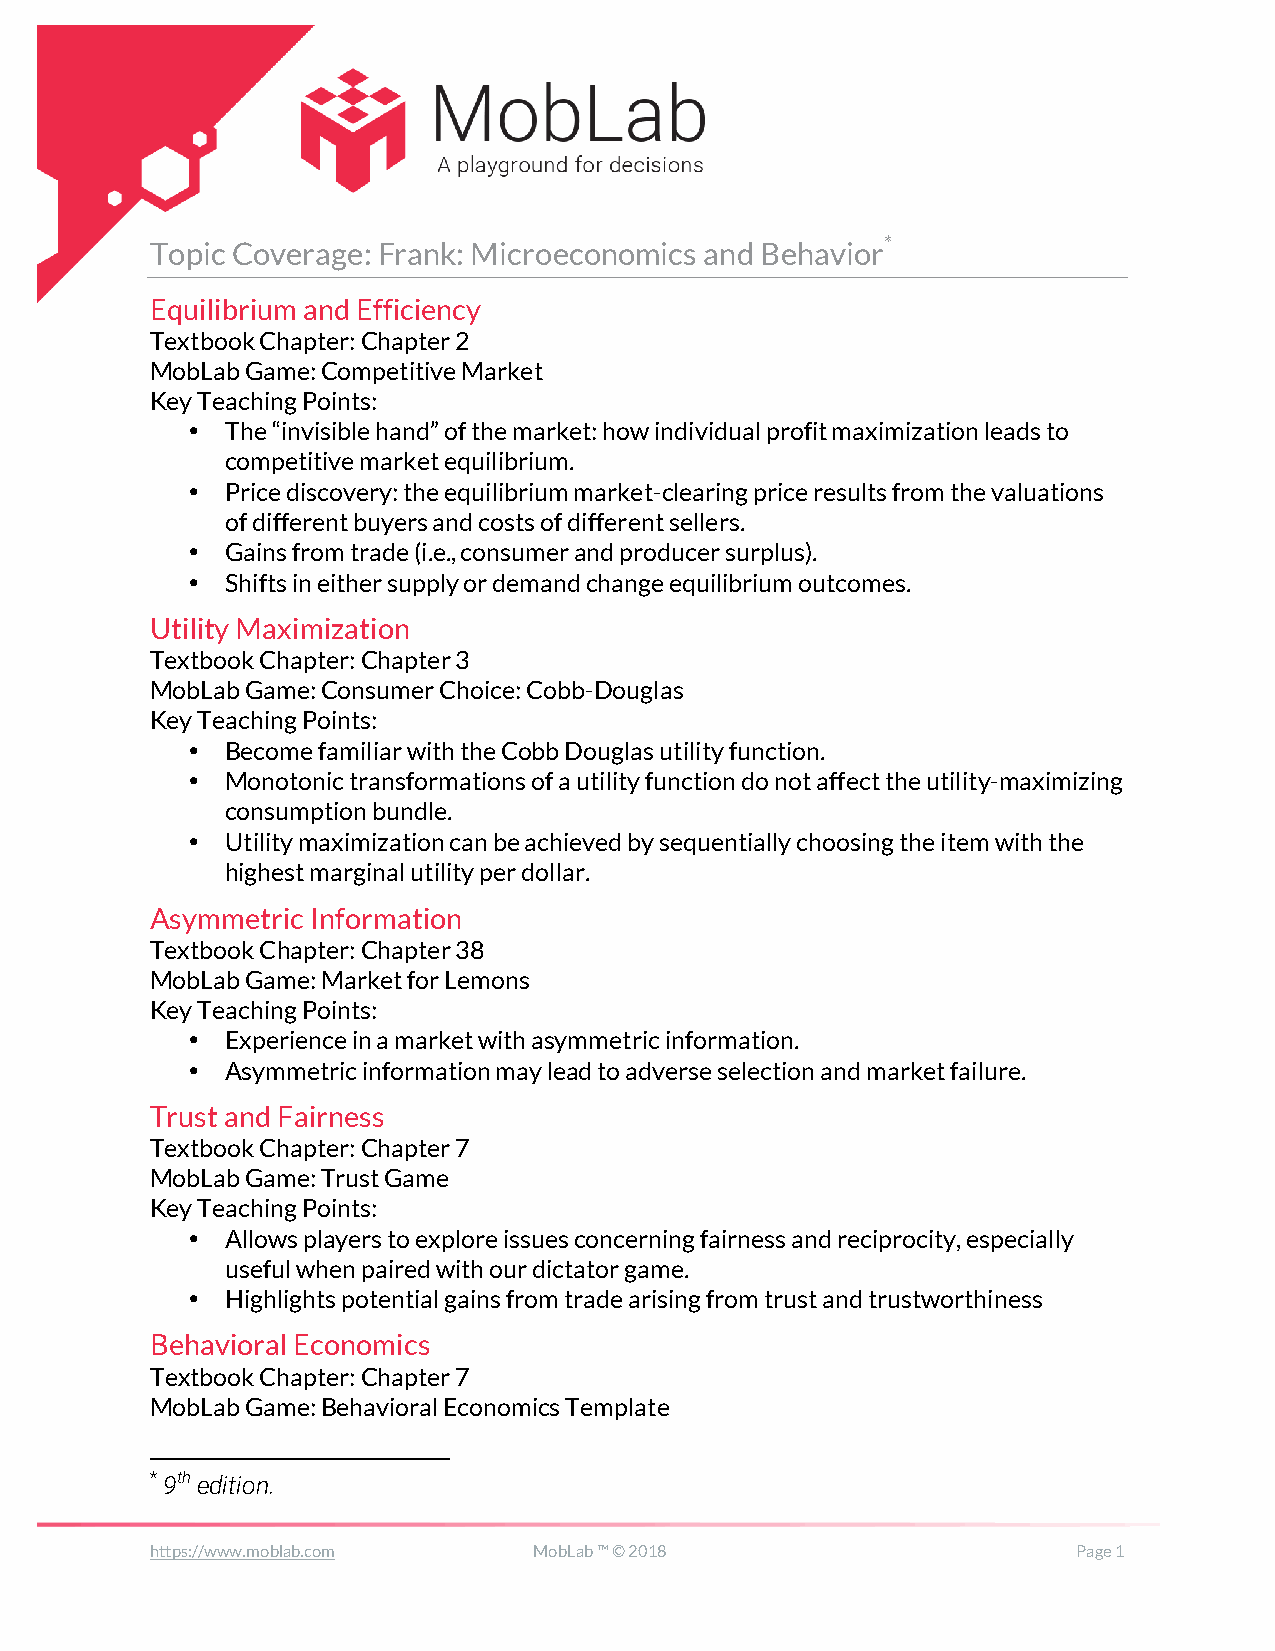
Topic Coverage: Frank: Microeconomics and Behavior*
 Equilibrium and Efficiency
 Textbook Chapter: Chapter 2
 MobLab Game: Competitive Market
 Key Teaching Points:
 •  The “invisible hand” of the market: how individual profit maximization leads to
 competitive market equilibrium.
 •  Price discovery: the equilibrium market-clearing price results from the valuations
 of different buyers and costs of different sellers.
 •  Gains from trade (i.e., consumer and producer surplus).
 •  Shifts in either supply or demand change equilibrium outcomes.
 Utility Maximization
 Textbook Chapter: Chapter 3
 MobLab Game: Consumer Choice: Cobb-Douglas
 Key Teaching Points:
 •  Become familiar with the Cobb Douglas utility function.
 •  Monotonic transformations of a utility function do not affect the utility-maximizing
 consumption bundle.
 •  Utility maximization can be achieved by sequentially choosing the item with the
 highest marginal utility per dollar.
 Asymmetric Information
 Textbook Chapter: Chapter 38
 MobLab Game: Market for Lemons
 Key Teaching Points:
 •  Experience in a market with asymmetric information.
 •  Asymmetric information may lead to adverse selection and market failure.
 Trust and Fairness
 Textbook Chapter: Chapter 7
 MobLab Game: Trust Game
 Key Teaching Points:
 •  Allows players to explore issues concerning fairness and reciprocity, especially
 useful when paired with our dictator game.
 •  Highlights potential gains from trade arising from trust and trustworthiness
 Behavioral Economics
 Textbook Chapter: Chapter 7
 MobLab Game: Behavioral Economics Template
 * 9th edition.
 https://www.moblab.com   MobLab ™ © 2018                     Page 1